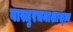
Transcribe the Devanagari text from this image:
वास्तुरचनाशास्त्न